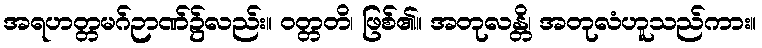
အရဟတ္တမဂ်ဉာဏ်၌လည်း။ ဝတ္တတိ၊ ဖြစ်၏။ အတုလန္တိ၊ အတုလံဟူသည်ကား။